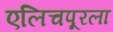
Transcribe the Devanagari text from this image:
एलिचपूरला